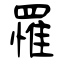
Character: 罹